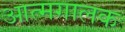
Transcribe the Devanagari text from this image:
आत्मगालक